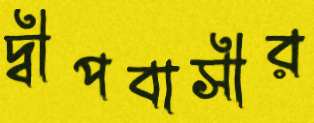
দ্বীপবাসীর